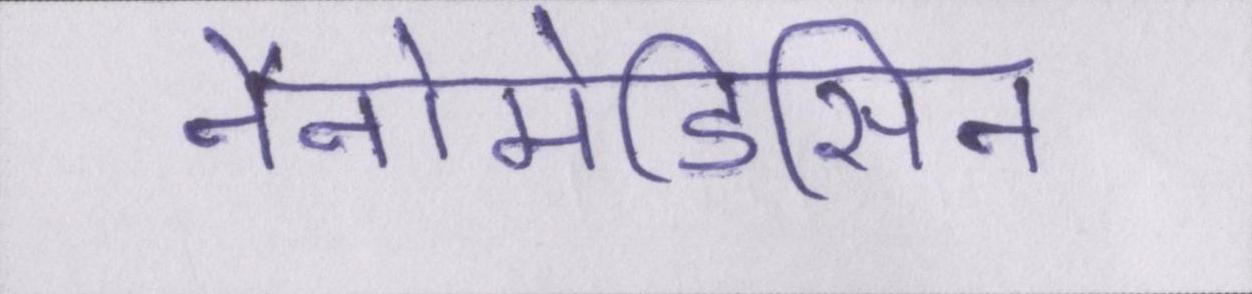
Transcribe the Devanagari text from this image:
नैनोमेडिसिन